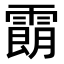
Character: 𩄹